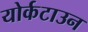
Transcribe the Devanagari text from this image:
योर्कटाउन